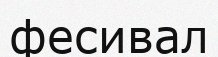
фесивал